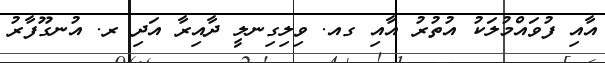
އާއި ފުވައްމުލަކު އުތުރު އާއި ގއ. ވިލިގިނލީ ދާއިރާ އަދި ރ. އުނގޫފާރު